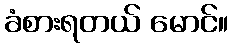
ခံစားရတယ် မောင်။